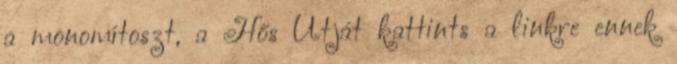
a monomítoszt, a Hős Útját kattints a linkre ennek